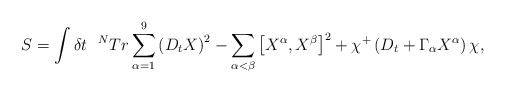
\begin{align*}S=\int \delta t~~^{N}Tr\sum_{\alpha =1}^{9}\left( D_{t}X\right)^{2}-\sum_{\alpha <\beta }\left[ X^{\alpha },X^{\beta }\right] ^{2}+\chi^{+}\left( D_{t}+\Gamma _{\alpha }X^{\alpha }\right) \chi , \end{align*}